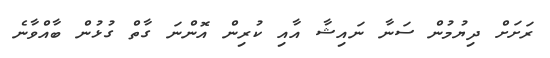
ރަށަށް ދިޔުމުން ސަނާ ނައިޝާ އާއި ކުރިން އޮންނަ ގާތް ގުޅުން ބާއްވާނެ